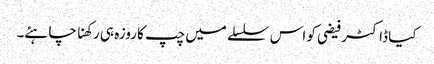
کیا ڈاکٹر فیضی کو اس سلسلے میں چپ کا روزہ ہی رکھنا چاہئے۔